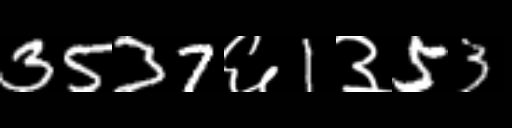
Text: 3537६1३53